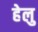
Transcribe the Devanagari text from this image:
हेलु